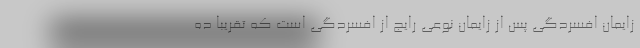
زایمان افسردگی پس از زایمان نوعی رایج از افسردگی است که تقریبا ده